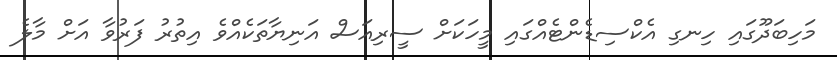
މަހިބަދޫގައި ހިނގި އެކްސިޑެންޓެއްގައި މީހަކަށް ސީރިއަސް އަނިޔާތަކެއްވެ އިތުރު ފަރުވާ އަށް މާލެ